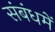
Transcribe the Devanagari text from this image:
संबंधमें